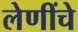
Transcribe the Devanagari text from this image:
लेणींचे